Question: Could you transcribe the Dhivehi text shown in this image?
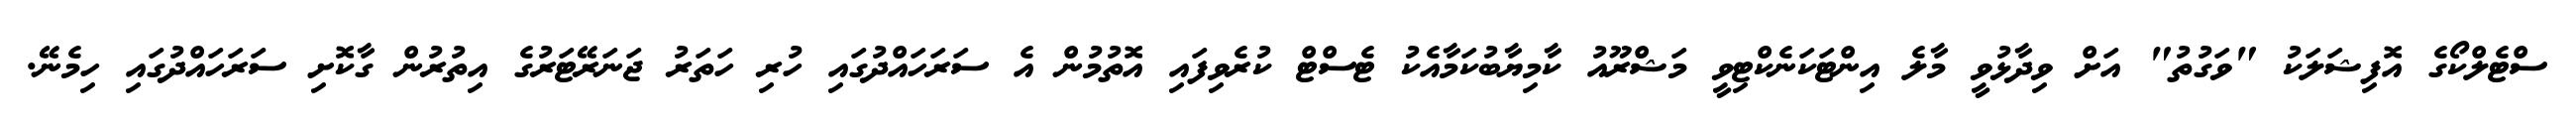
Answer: ސްޓެލްކޯގެ އޮފިޝަލަކު "ވަގުތު" އަށް ވިދާޅުވީ މާލެ އިންޓަކަނެކްޓިވީ މަޝްރޫއު ކާމިޔާބުކަމާއެކު ޓެސްޓް ކުރެވިފައި އޮތުމުން އެ ސަރަހައްދުގައި ހުރި ހަތަރު ޖަނަރޭޓަރުގެ އިތުރުން ގާކޮށި ސަރަހައްދުގައި ހިމެނޭ.